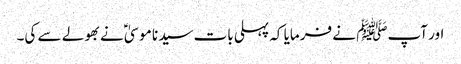
اور آپﷺ نے فرمایا کہ پہلی بات سیدنا موسیٰؑ نے بھولے سے کی۔